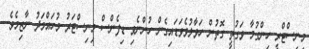
މިނިސްޓްރީ ހިންގުމާ ވަގުތީ ގޮތުން ހަވާލުވެވަޑައިގެން ހުންނެވި ޑިފެންސް މިނިސްޓަރު މުހައްމަދު ނާޒިމެވެ.